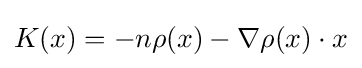
K(x)=-n\rho (x)-\nabla \rho (x)\cdot x